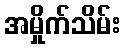
အမှိုက်သိမ်း